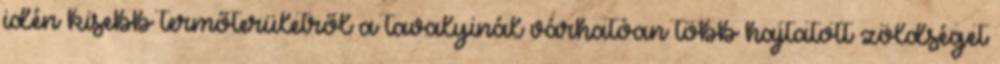
idén kisebb termőterületről a tavalyinál várhatóan több hajtatott zöldséget